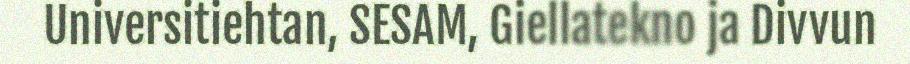
Universitiehtan, SESAM, Giellatekno ja Divvun